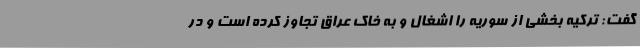
گفت: ترکیه بخشی از سوریه را اشغال و به خاک عراق تجاوز کرده است و در